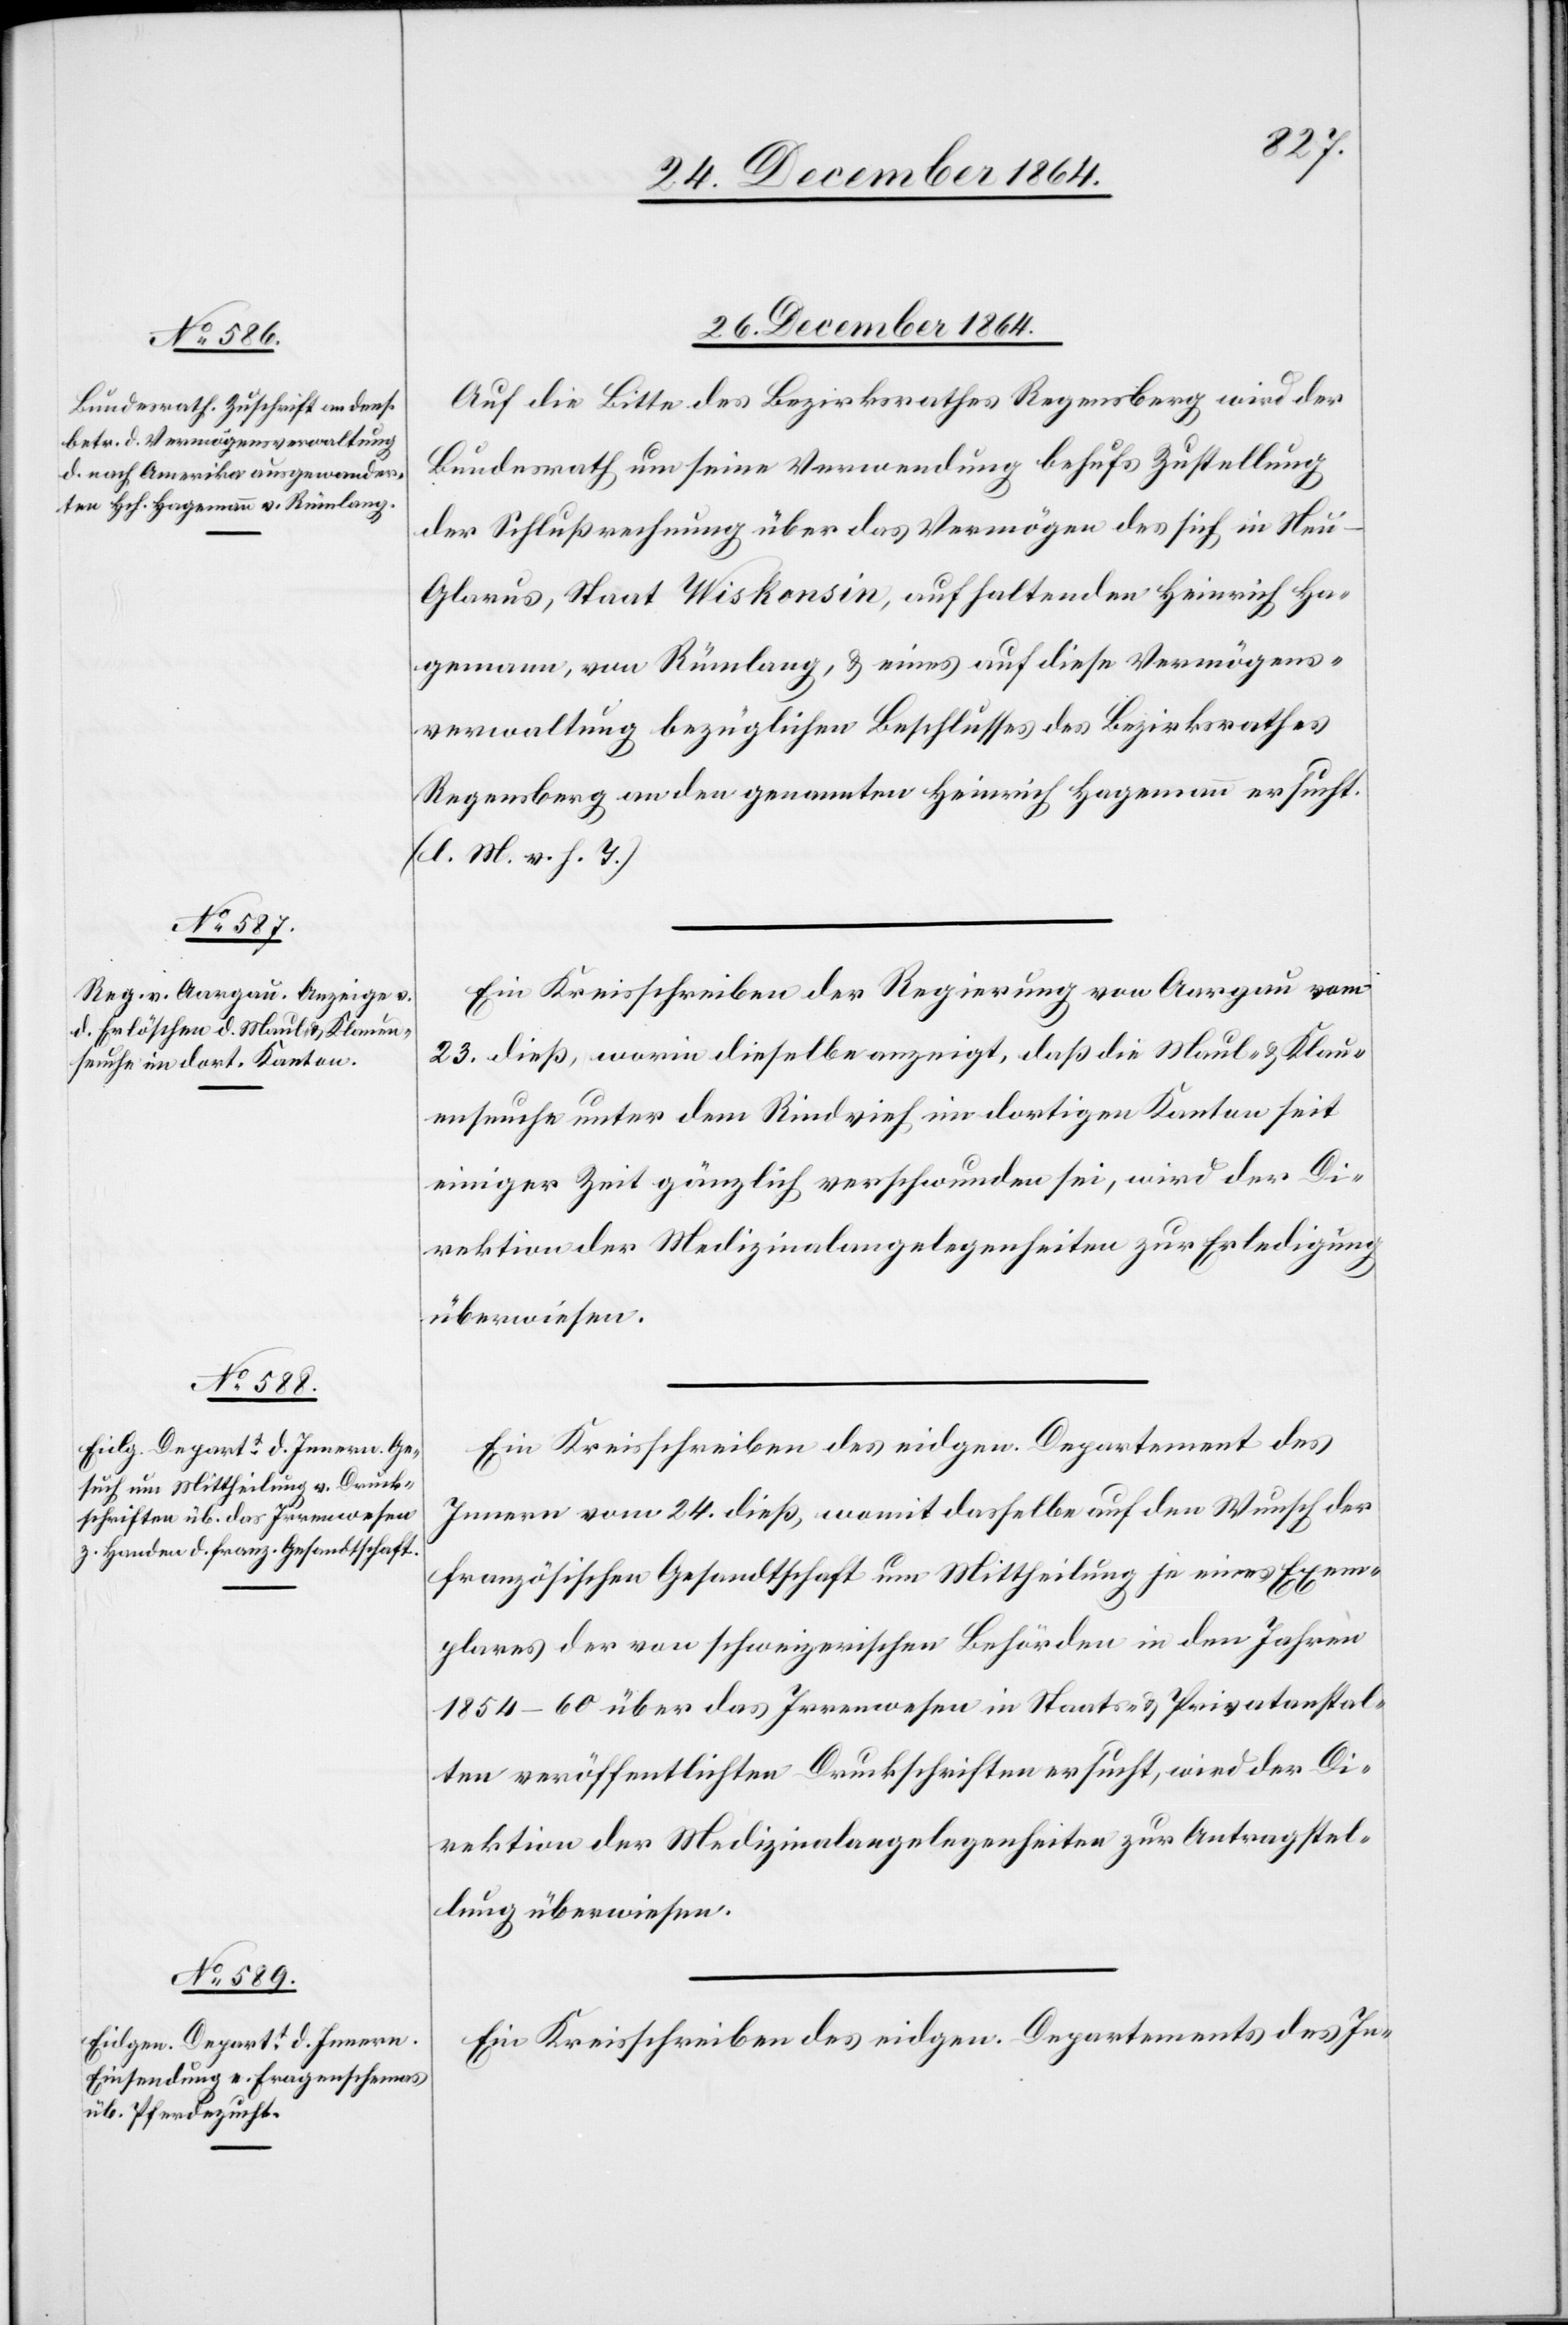
26. December 1864.]
Auf die Bitte des Bezirksrathes Regensberg wird der
Bundesrath um seine Verwendung behufs Zustellung
der Schlußrechnung über das Vermögen des sich in Neu-G¬
larus, Staat Wiskonsin, aufhaltenden Heinrich Ha¬
gemann, von Rümlang, & eines auf diese Vermögens¬
verwaltung bezüglichen Beschlusses des Bezirksrathes
Regensberg an den genannten Heinrich Hagemann ersucht.
(l. M. v. h. T.)
Ein Kreisschreiben der Regierung von Aargau vom
23. dieß, worin dieselbe anzeigt, daß die Maul- und Klau¬
enseuche unter dem Rindvieh im dortigen Kanton seit
einiger Zeit gänzlich verschwunden sei, wird der Di¬
rektion der Medizinalangelegenheiten zur Erledigung
überwiesen.
Ein Kreisschreiben des eidgen. Departement des
Innern vom 24. dieß, womit dasselbe auf den Wunsch der
französischen Gesandtschaft um Mittheilung je eines Exem¬
plares der von schweizerischen Behörden in den Jahren
1854–60 über das Irrenwesen in Staats- & Privatanstal¬
ten veröffentlichten Denkschriften ersucht, wird der Di¬
rektion der Medizinalangelegenheiten zur Antragstel¬
lung überwiesen.
Ein Kreisschreiben des eidgen. Departements des In-